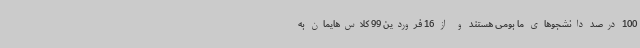
100 درصد دانشجوهای ما بومی هستند و از 16 فروردین 99 کلاس‌هایمان به